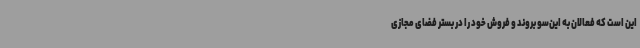
این است که فعالان به این‌سو بروند و فروش خود را در بستر فضای مجازی